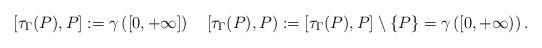
LaTeX: \begin{align*}[\tau_{\Gamma} (P) , P] := \gamma\left([0, + \infty ]\right)\quad [\tau_{\Gamma} (P) , P) := [\tau_{\Gamma} (P) , P] \setminus \{ P \} = \gamma\left([0, + \infty)\right).\end{align*}